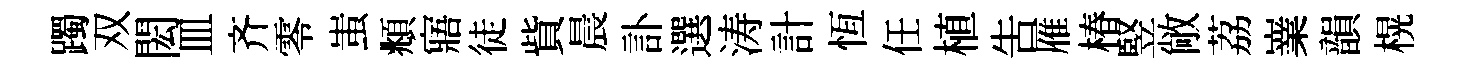
躅双閎皿齐零蚩頫寤徒貲晨訃選涛計恆任植吿雁椿竪敞荔嶪韻榥